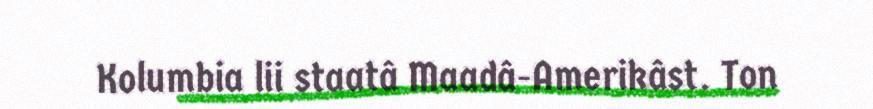
Kolumbia lii staatâ Maadâ-Amerikâst. Ton